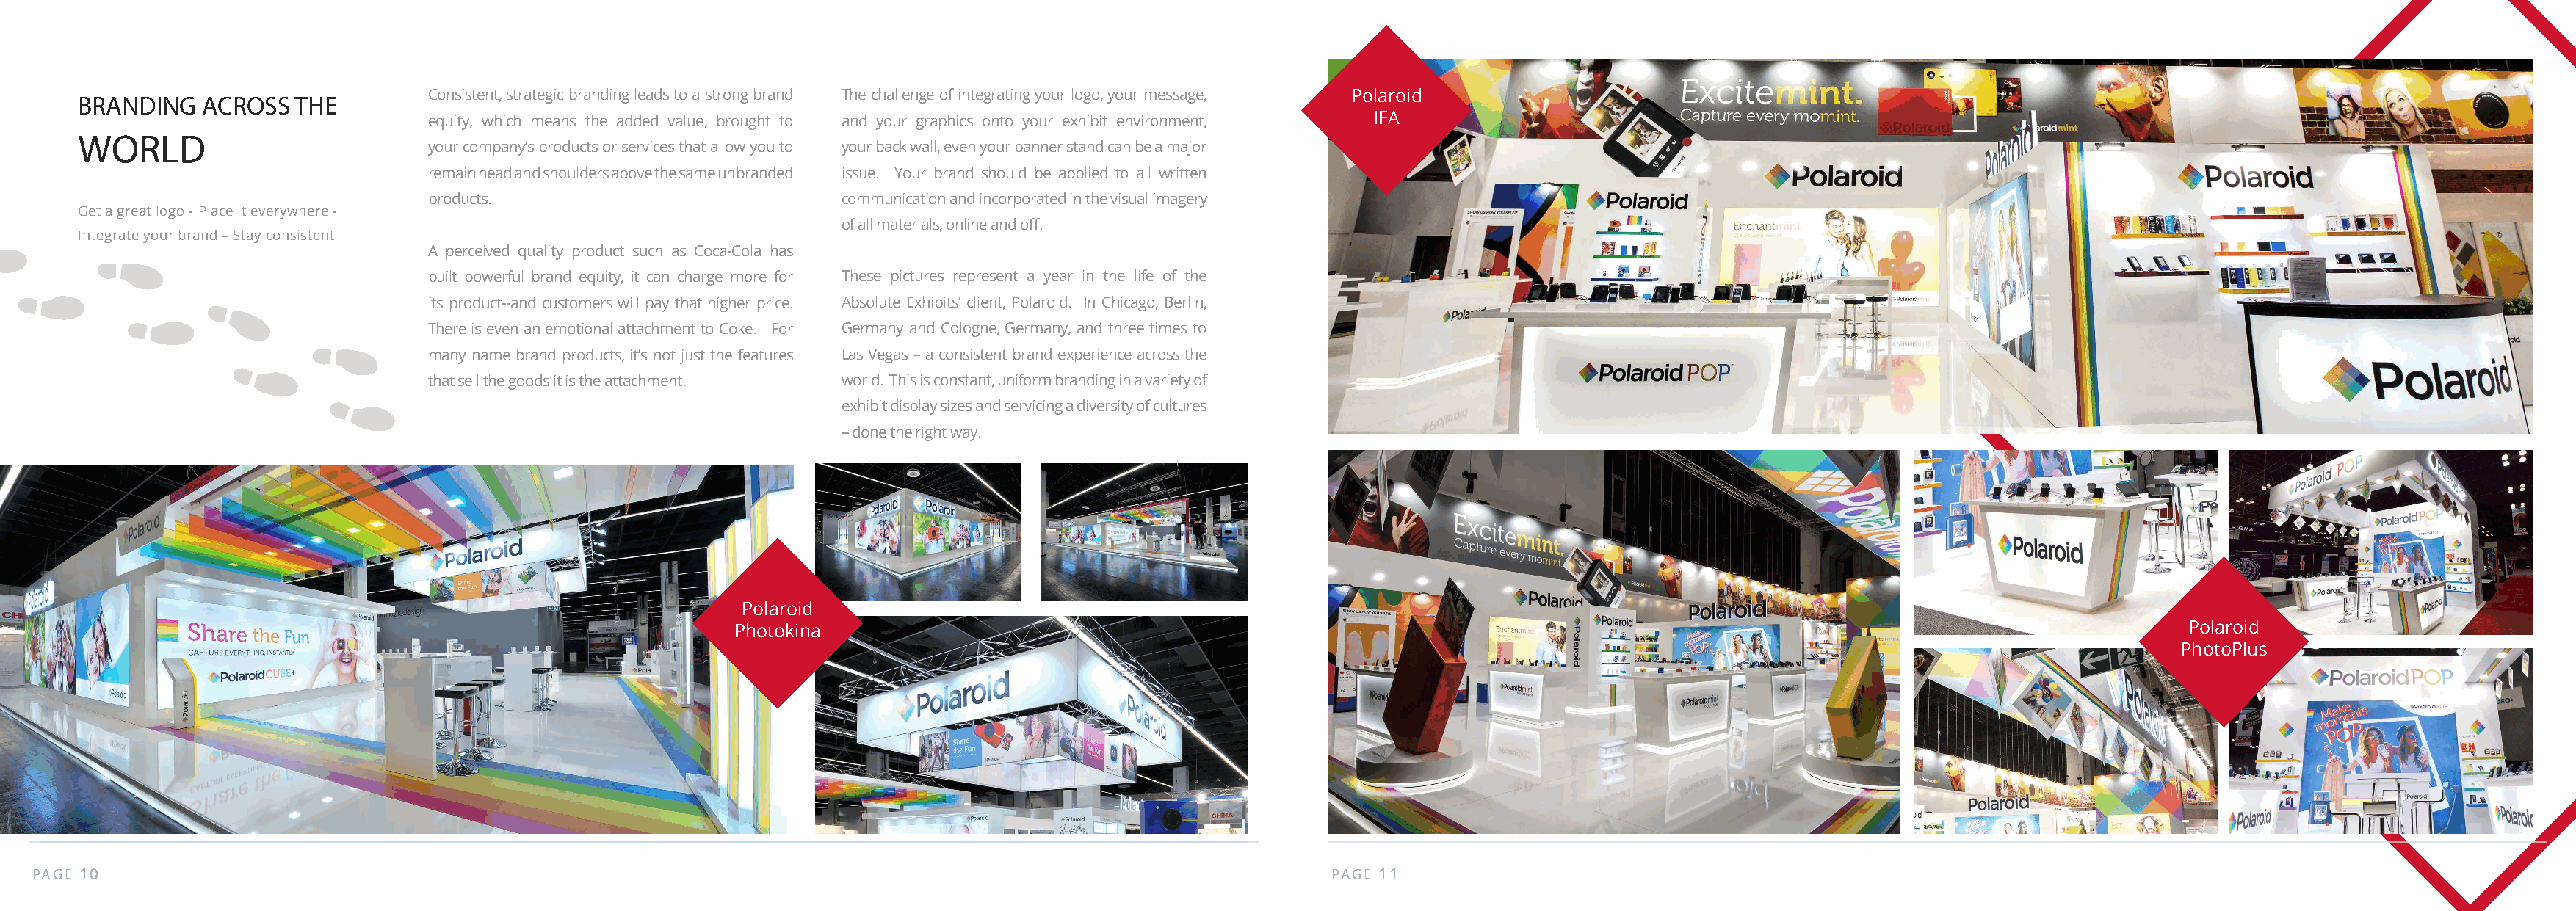
Consistent, strategic branding leads to a strong brand The challenge of integrating your logo, your message, Polaroid
 BRANDING   ACROSS   THE
 equity, which means the added value, brought to and your graphics onto your exhibit environment, IFA
 WORLD
 your company’s products or services that allow you to your back wall, even your banner stand can be a major
 remain head and shoulders above the same unbranded issue. Your brand should be applied to all written
 products.                            communication and incorporated in the visual imagery
 Get a great logo - Place it everywhere -
 of all materials, online and off.
 Integrate your brand – Stay consistent
 A perceived quality product such as Coca-Cola has
 built powerful brand equity, it can charge more for These pictures represent a year in the life of the
 its product--and customers will pay that higher price. Absolute Exhibits’ client, Polaroid. In Chicago, Berlin,
 There is even an emotional attachment to Coke. For Germany and Cologne, Germany, and three times to
 many name brand products, it’s not just the features Las Vegas – a consistent brand experience across the
 that sell the goods it is the attachment. world. This is constant, uniform branding in a variety of
 exhibit display sizes and servicing a diversity of cultures
 – done the right way.
 Polaroid
 Photokina                                                                                                                          Polaroid
 PhotoPlus
 PAGE 10                                                                                                              PAGE 11